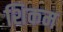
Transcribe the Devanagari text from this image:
शिकम